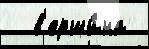
  в'ерши́на